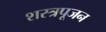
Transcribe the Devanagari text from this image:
शस्त्रपूजन